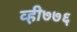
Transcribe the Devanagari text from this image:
व्ही७७६